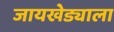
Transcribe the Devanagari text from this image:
जायखेड्याला